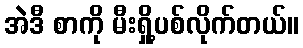
အဲဒီ စာကို မီးရှို့ပစ်လိုက်တယ်။